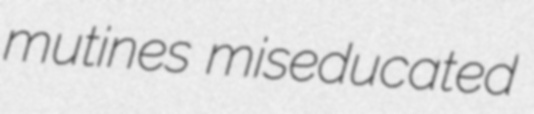
mutines miseducated